Document type: Dowry
Year: 1238
Scribe: Berenguer Jaume
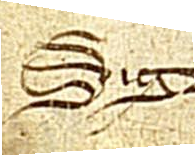
Sig